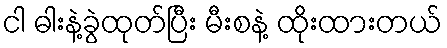
ငါ ဓါးနဲ့ခွဲထုတ်ပြီး မီးစနဲ့ ထိုးထားတယ်